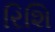
રિશિ